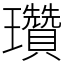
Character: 瓚